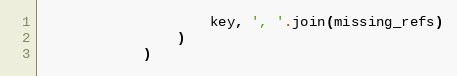
Language: Python
                    key, ', '.join(missing_refs)
                )
            )